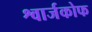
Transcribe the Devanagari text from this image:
श्वार्जकोफ